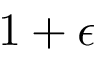
1 + \epsilon